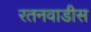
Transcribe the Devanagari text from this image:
रतनवाडीस